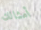
أمثالك